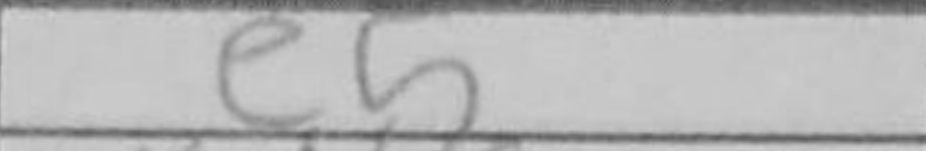
Transcription: e5